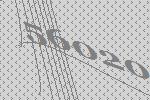
56020